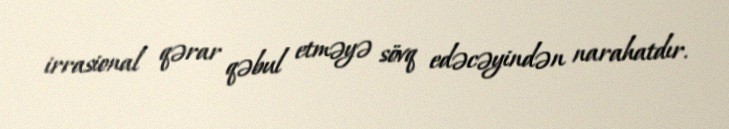
irrasional qərar qəbul etməyə sövq edəcəyindən narahatdır.